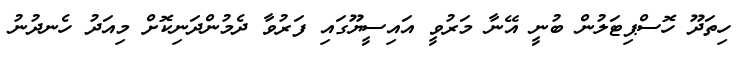
ހިތަދޫ ހޮސްޕިޓަލުން ބުނީ އޭނާ މަރުވީ އައިސީޔޫގައި ފަރުވާ ދެމުންދަނިކޮށް މިއަދު ހެނދުނު